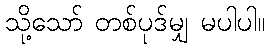
သို့သော် တစ်ပုဒ်မျှ မပါပါ။